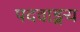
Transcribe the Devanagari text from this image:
पदवाङ्मय